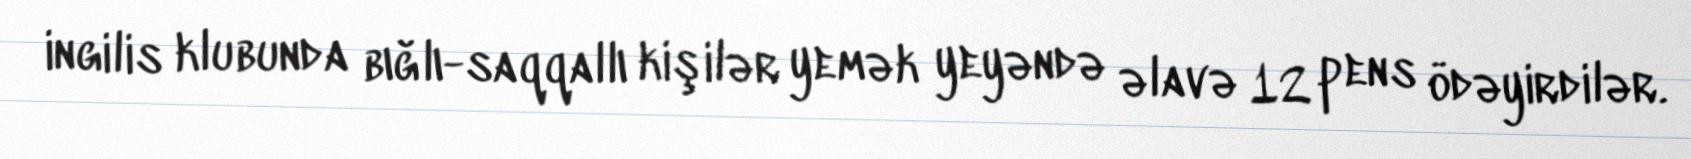
ingilis klubunda bığlı-saqqallı kişilər yemək yeyəndə əlavə 12 pens ödəyirdilər.